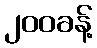
၂၀၀ခန့်